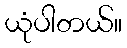
ယုံပါတယ်။